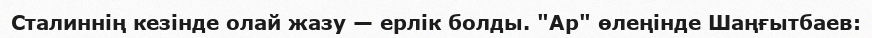
Сталиннің кезінде олай жазу — ерлік болды. "Ар" өлеңінде Шаңғытбаев: